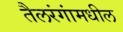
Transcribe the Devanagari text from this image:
तैलरंगांमधील